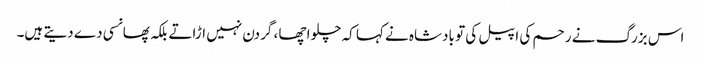
اس بزرگ نے رحم کی اپیل کی تو بادشاہ نے کہا کہ چلو اچھا ، گردن نہیں اڑاتے بلکہ پھانسی دے دیتے ہیں۔